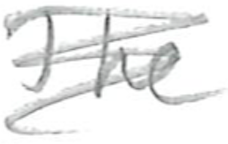
Text: The
Cross-out: scratch
Writing tool: pencil